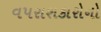
વપરાશકારોનો